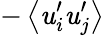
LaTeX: -\left<\mathit{u}_{i}^{\prime}\mathit{u}_{j}^{\prime}\right>